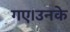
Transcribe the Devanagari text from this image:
गए।उनके